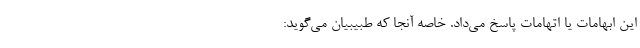
این ابهامات یا اتهامات پاسخ می‌داد. خاصه آنجا که طبیبیان می‌گوید: